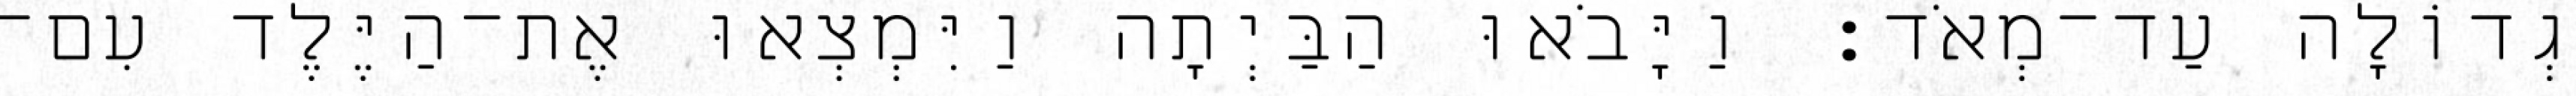
גְדוֹלָה עַד־מְאֹד׃ וַיָּבֹאוּ הַבַּיְתָה וַיִּמְצְאוּ אֶת־הַיֶּלֶד עִם־